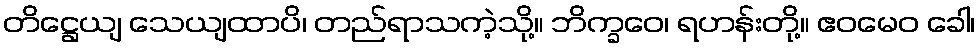
တိဋ္ဌေယျ သေယျထာပိ၊ တည်ရာသကဲ့သို့။ ဘိက္ခဝေ၊ ရဟန်းတို့။ ဧဝမေဝ ခေါ၊